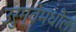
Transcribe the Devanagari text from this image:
उरुग्वेमधील